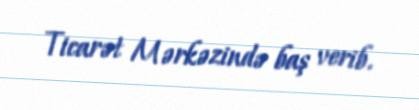
Ticarət Mərkəzində baş verib.